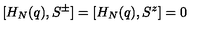
[ H _ { N } ( q ) , S ^ { \pm } ] = [ H _ { N } ( q ) , S ^ { z } ] = 0